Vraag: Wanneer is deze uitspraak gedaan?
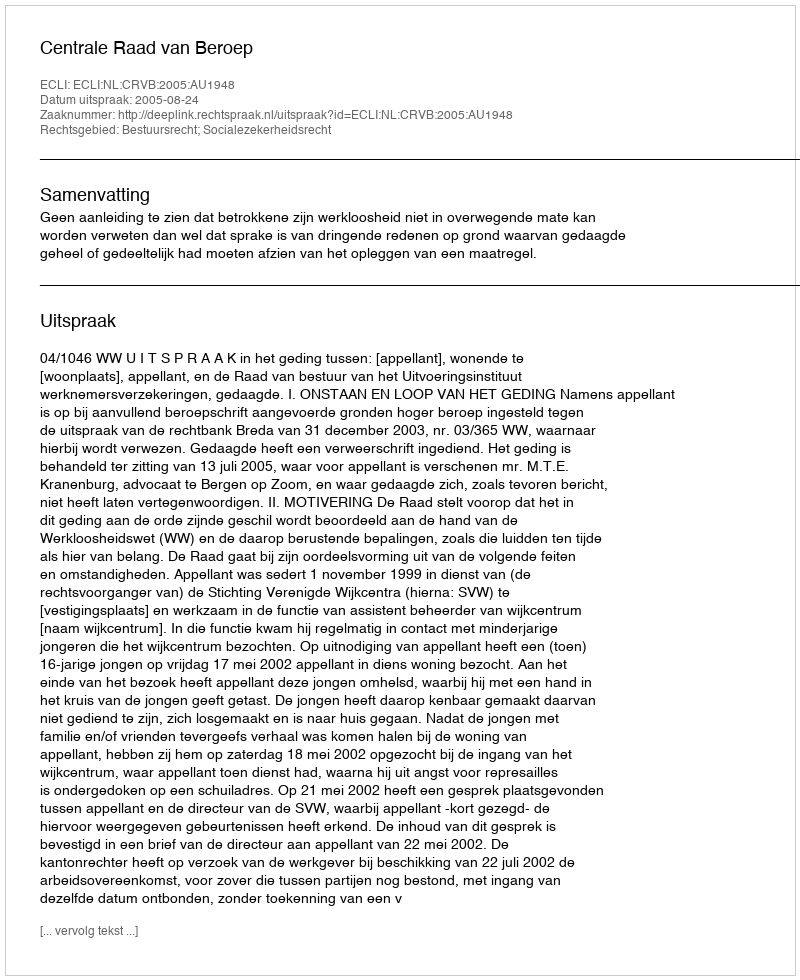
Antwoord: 2005-08-24